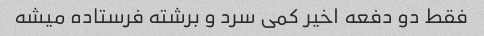
فقط دو دفعه اخیر کمی سرد و برشته فرستاده میشه